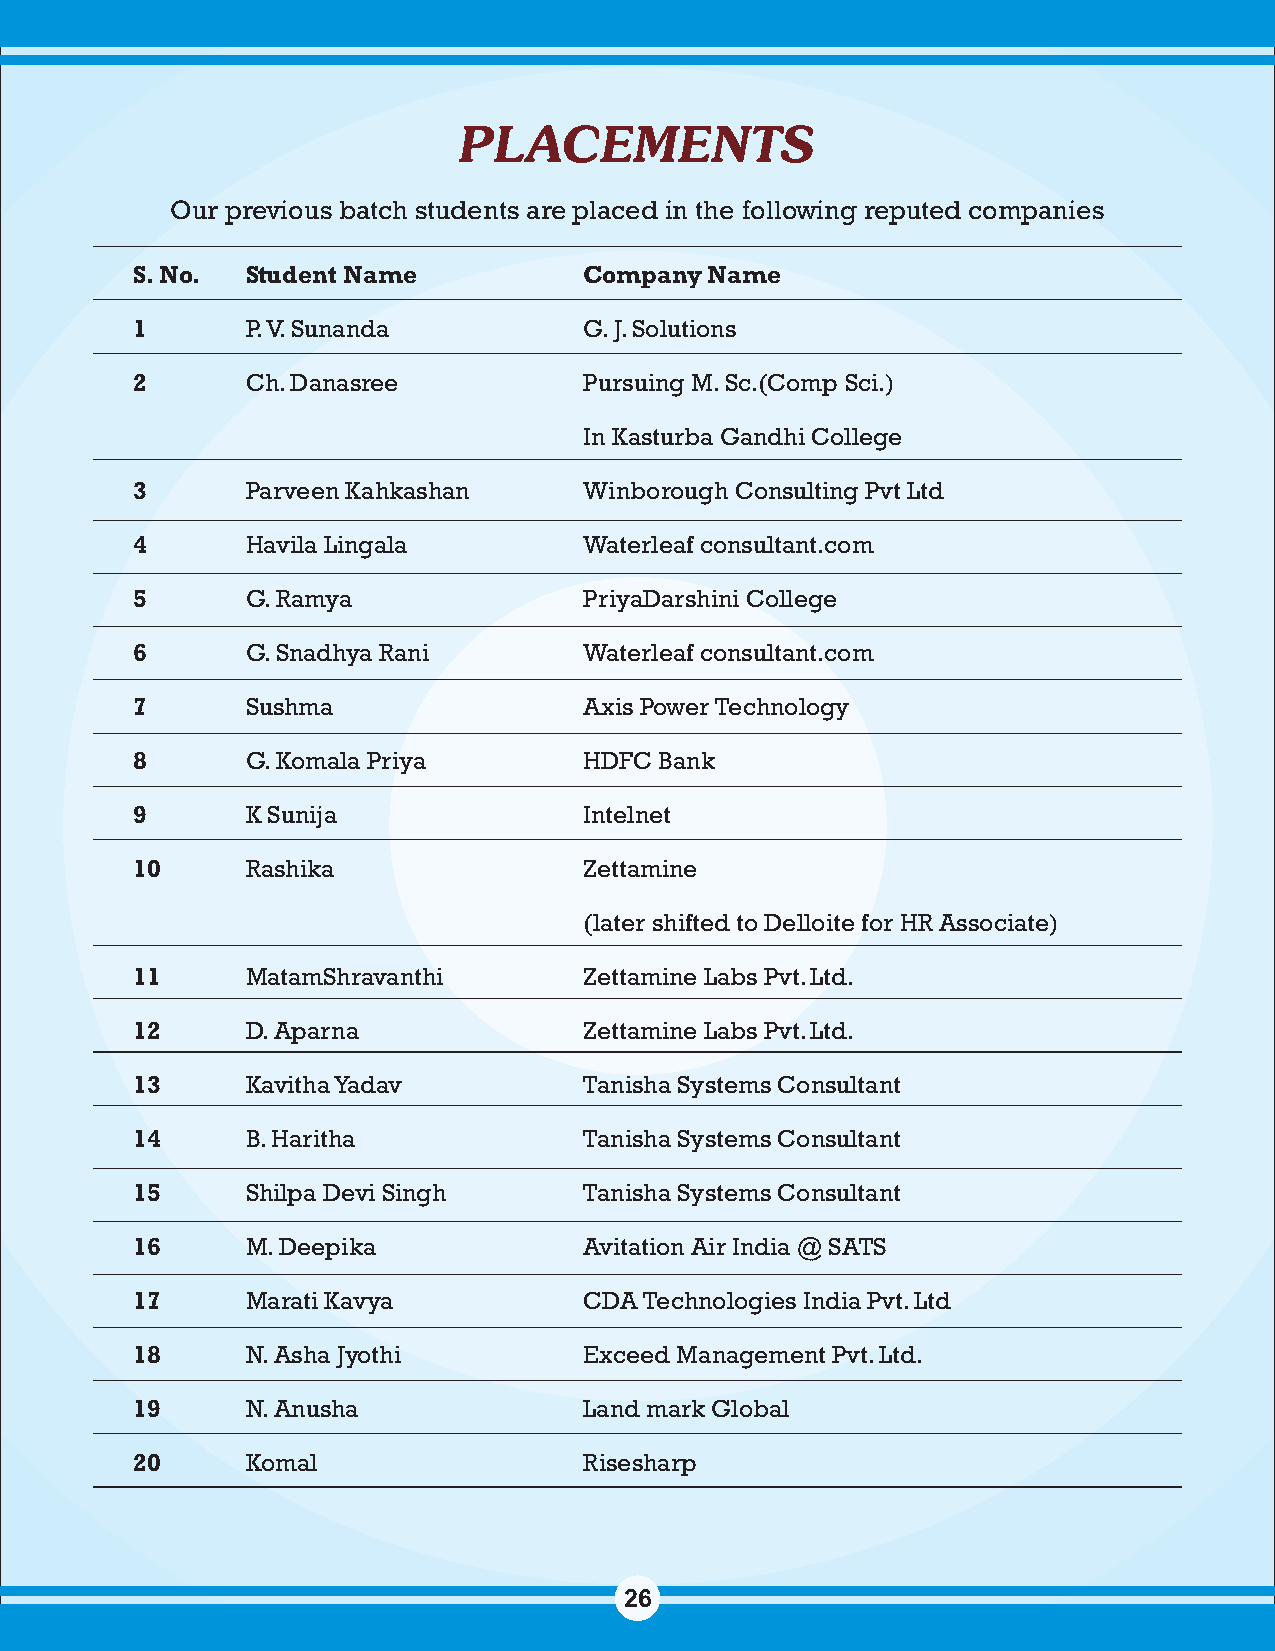
PLACEMENTS
 Our previous batch students are placed in the following reputed companies
 S. No. Student Name           Company Name
 1      P. V. Sunanda          G. J. Solutions
 2      Ch. Danasree           Pursuing M. Sc.(Comp Sci.)
 In Kasturba Gandhi College
 3      Parveen Kahkashan      Winborough Consulting Pvt Ltd
 4      Havila Lingala         Waterleaf consultant.com
 5      G. Ramya               PriyaDarshini College
 6      G. Snadhya Rani        Waterleaf consultant.com
 7      Sushma                 Axis Power Technology
 8      G. Komala Priya        HDFC Bank
 9      K Sunija               Intelnet
 10     Rashika                Zettamine
 (later shifted to Delloite for HR Associate)
 11     MatamShravanthi        Zettamine Labs Pvt. Ltd.
 12     D. Aparna              Zettamine Labs Pvt. Ltd.
 13     Kavitha Yadav          Tanisha Systems Consultant
 14     B. Haritha             Tanisha Systems Consultant
 15     Shilpa Devi Singh      Tanisha Systems Consultant
 16     M. Deepika             Avitation Air India @ SATS
 17     Marati Kavya           CDA Technologies India Pvt. Ltd
 18     N. Asha Jyothi         Exceed Management Pvt. Ltd.
 19     N. Anusha              Land mark Global
 20     Komal                  Risesharp
 26